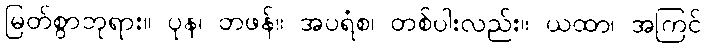
မြတ်စွာဘုရား။ ပုန၊ တဖန်။ အပရံစ၊ တစ်ပါးလည်း။ ယထာ၊ အကြင်